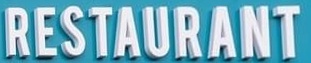
RESTAURANT